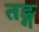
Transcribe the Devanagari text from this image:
तङ्ग